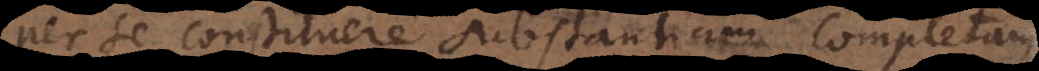
per se constituere substantiam completam,